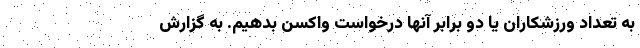
به تعداد ورزشکاران یا دو برابر آنها درخواست واکسن بدهیم. به گزارش